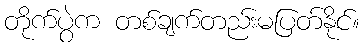
တိုက်ပွဲက တစ်ချက်တည်းမပြတ်နိုင်။